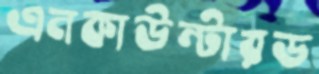
এনকাউন্টারড